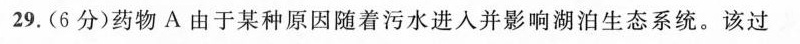
29.(6分)药物A由于某种原因随着污水进入并影响湖泊生态系统。该过